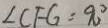
\angle C F G = 9 0 ^ { \circ }